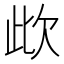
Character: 㰣